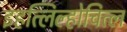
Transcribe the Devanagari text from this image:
इहत्लिल्होचित्ल